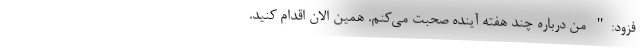
فزود:" من درباره چند هفته آینده صحبت می‌کنم. همین الان اقدام کنید.